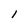
Character: 1